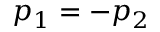
p _ { 1 } = - p _ { 2 }